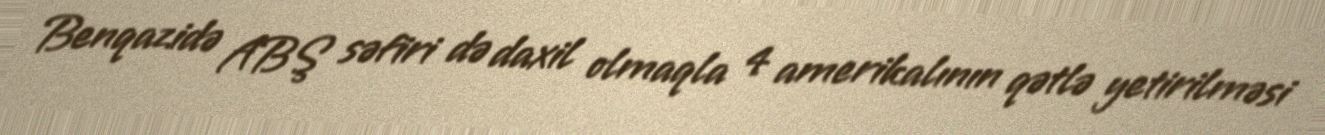
Benqazidə ABŞ səfiri də daxil olmaqla 4 amerikalının qətlə yetirilməsi